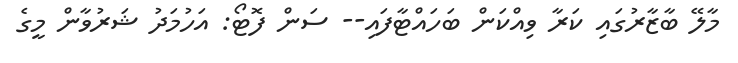
މާލޭ ބާޒާރުގައި ކަރާ ވިއްކަން ބަހައްޓާފައި-- ސަން ފޮޓޯ: އަހުމަދު ޝަރުވާން މީގެ